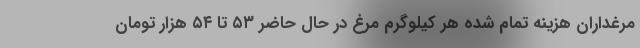
مرغداران هزینه تمام شده هر کیلوگرم مرغ در حال حاضر ۵۳ تا ۵۴ هزار تومان